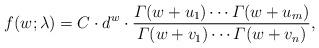
LaTeX: \begin{align*} f(w; \lambda) = C \cdot d^w \cdot \dfrac{\varGamma(w+u_1)\cdots\varGamma(w+u_m)}{\varGamma(w+v_1)\cdots\varGamma(w+v_n)}, \end{align*}